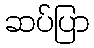
ဆပ်ပြာ